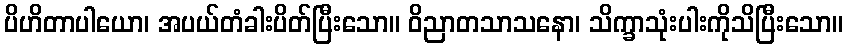
ပိဟိတာပါယော၊ အပယ်တံခါးပိတ်ပြီးသော။ ဝိညာတသာသနော၊ သိက္ခာသုံးပါးကိုသိပြီးသော။